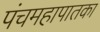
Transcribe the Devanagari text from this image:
पंचमहापातका